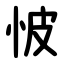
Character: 怶